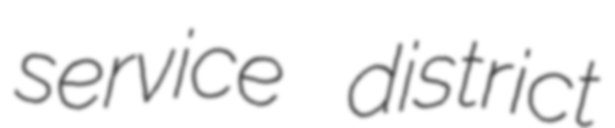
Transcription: service district